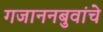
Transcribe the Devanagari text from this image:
गजाननबुवांचे